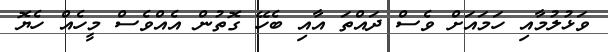
ވަޅުލުމާއި ހަމައަށް ވެސް ދައްތަ އާއި ބެހޭ ގޮތުން އެއްވެސް މީހެއް ހެޔޮ